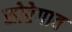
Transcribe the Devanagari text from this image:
सोरेगाव